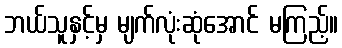
ဘယ်သူနှင့်မှ မျက်လုံးဆုံအောင် မကြည့်။